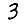
Digit: 3